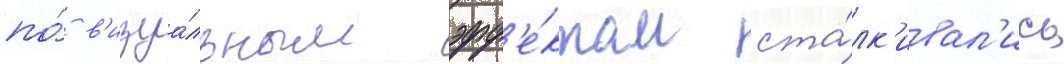
по́ в'изуа́льным эфф'е́ктам ста́лк'ивал'ись